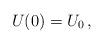
LaTeX: \begin{align*} U(0) = U_0\,,\end{align*}